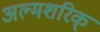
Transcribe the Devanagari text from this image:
अल्मशरिक्